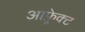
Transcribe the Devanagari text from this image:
आफ़्रेक्ट